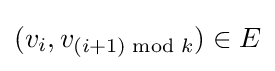
(v_{i},v_{(i+1){\bmod {k}}})\in E